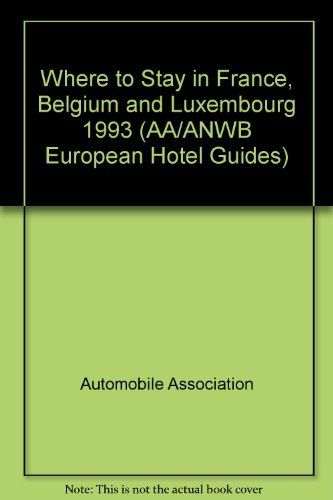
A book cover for Where to Stay in France, Belgium and Luxembourg 1993 (AA/ANWB European Hotel Guides); Automobile Association; Travel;